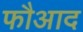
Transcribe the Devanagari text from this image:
फौआद